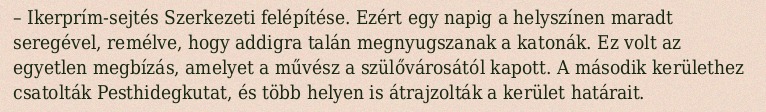
– Ikerprím-sejtés Szerkezeti felépítése. Ezért egy napig a helyszínen maradt seregével, remélve, hogy addigra talán megnyugszanak a katonák. Ez volt az egyetlen megbízás, amelyet a művész a szülővárosától kapott. A második kerülethez csatolták Pesthidegkutat, és több helyen is átrajzolták a kerület határait.